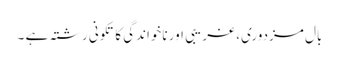
بال مزدوری، غریبی اور ناخواندگی کا تکونی رشتہ ہے ۔